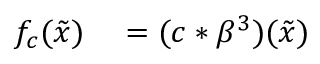
\begin{array} { r l } { f _ { c } ( \tilde { x } ) } & { { } = ( c * \beta ^ { 3 } ) ( \tilde { x } ) } \end{array}